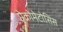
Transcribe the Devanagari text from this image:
ऐक्रोमेटोसिस